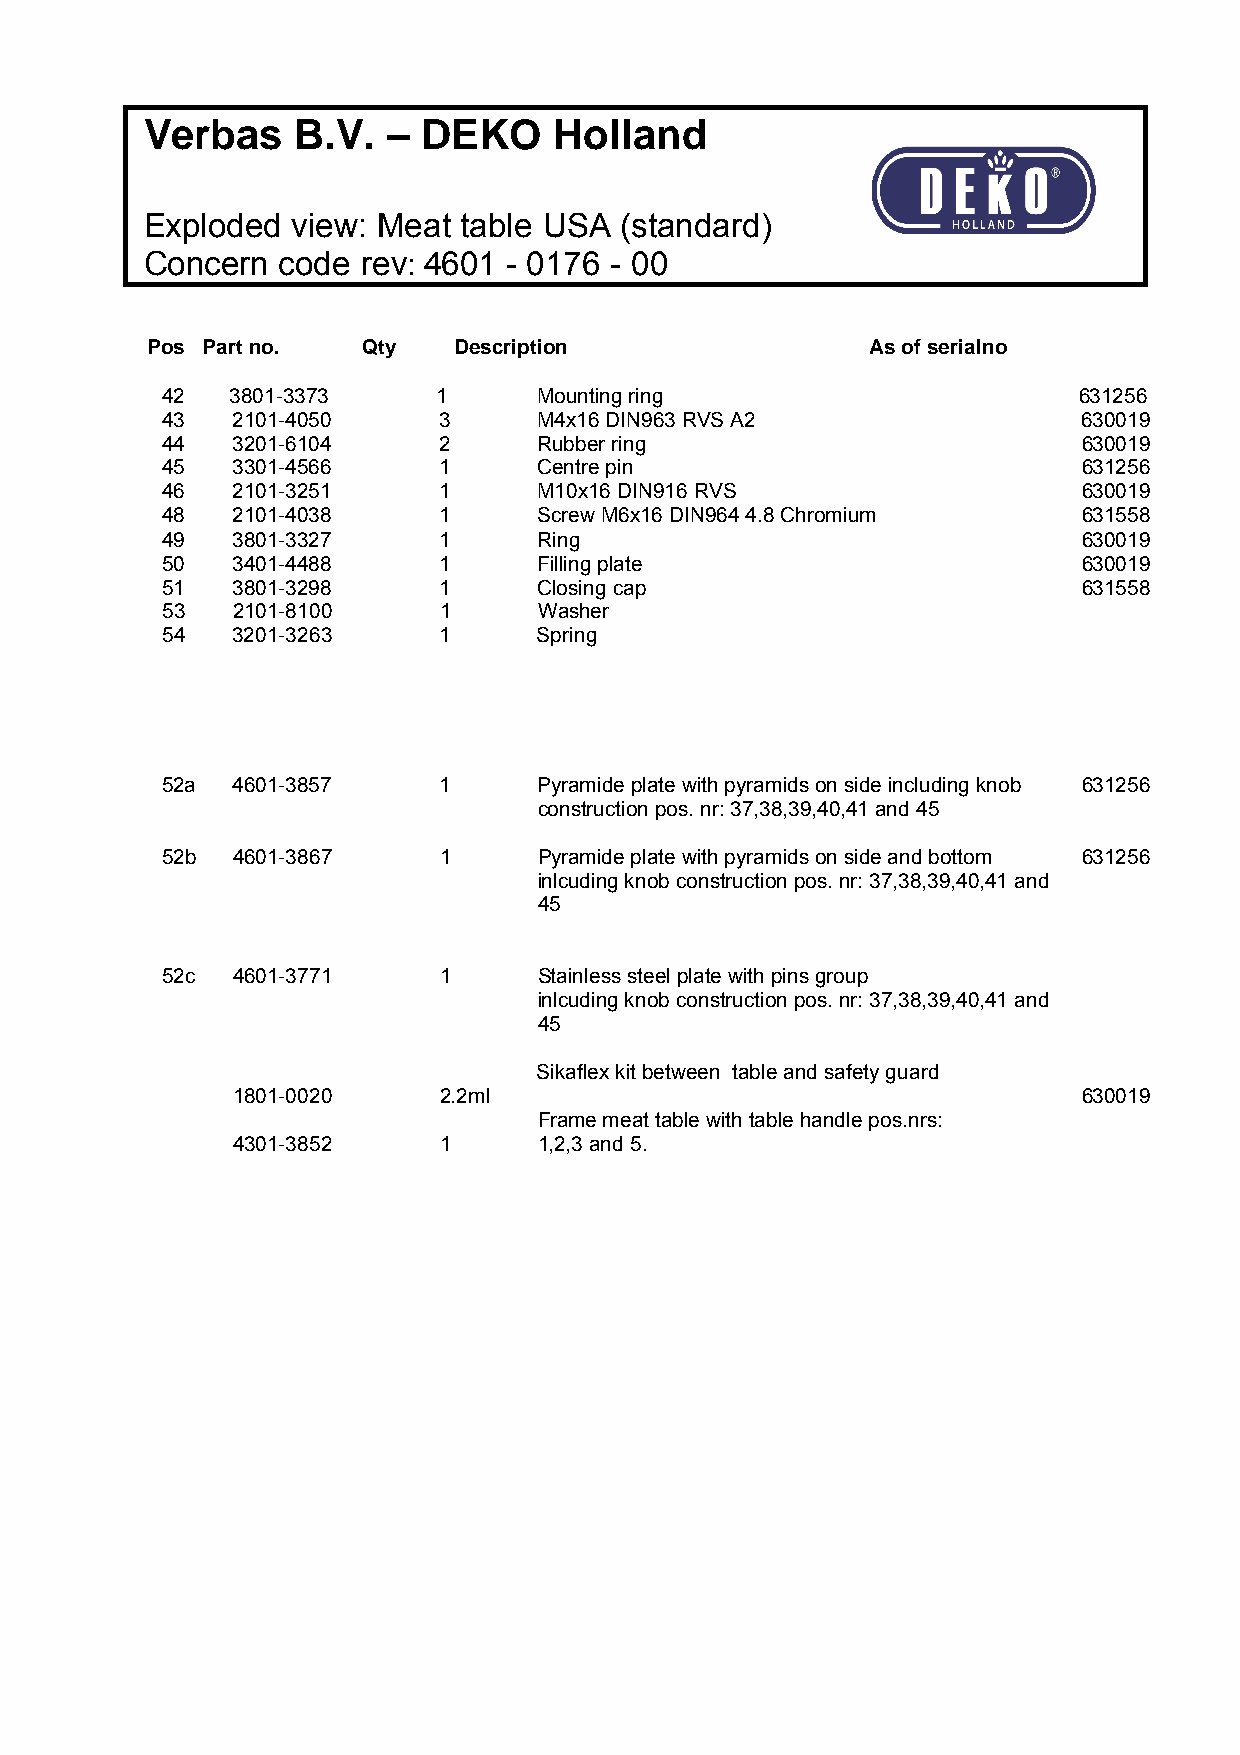
Verbas    B.V.  – DEKO     Holland
 Exploded view: Meat  table USA (standard)
 Concern code  rev: 4601 - 0176 - 00
 Pos Part no.  Qty   Description                 As of serialno
 42  3801-3373     1      Mounting ring                      631256
 43  2101-4050     3      M4x16 DIN963 RVS A2                 630019
 44  3201-6104     2      Rubber ring                         630019
 45  3301-4566     1      Centre pin                          631256
 46  2101-3251     1      M10x16 DIN916 RVS                   630019
 48  2101-4038     1      Screw M6x16 DIN964 4.8 Chromium     631558
 49  3801-3327     1      Ring                                630019
 50  3401-4488     1      Filling plate                       630019
 51  3801-3298     1      Closing cap                         631558
 53  2101-8100     1      Washer
 54  3201-3263     1      Spring
 52a 4601-3857     1      Pyramide plate with pyramids on side including knob 631256
 construction pos. nr: 37,38,39,40,41 and 45
 52b 4601-3867     1      Pyramide plate with pyramids on side and bottom 631256
 inlcuding knob construction pos. nr: 37,38,39,40,41 and
 45
 52c 4601-3771     1      Stainless steel plate with pins group
 inlcuding knob construction pos. nr: 37,38,39,40,41 and
 45
 Sikaflex kit between table and safety guard
 1801-0020     2.2ml                                      630019
 Frame meat table with table handle pos.nrs:
 4301-3852     1      1,2,3 and 5.